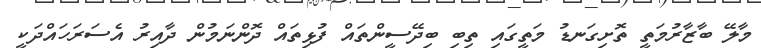
މާލޭ ބާޒާރުމަތީ ތޮށިގަނޑު މަތީގައި ތިބި ބިދޭސީންތައް ފުޅިތައް ދޮންނަމުން ދާއިރު އެސަރަހައްދަކީ